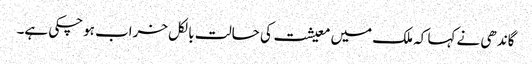
گاندھی نے کہا کہ ملک میں معیشت کی حالت بالکل خراب ہوچکی ہے۔